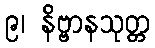
၉၊ နိဗ္ဗာနသုတ္တ